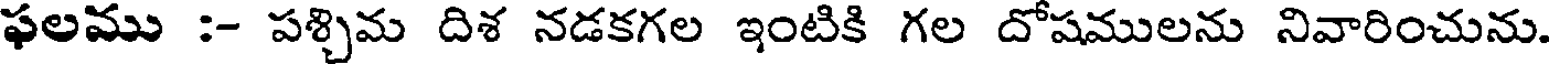
ఫలము :- పశ్చిమ దిశ నడకగల ఇంటికి గల దోషములను నివారించును.